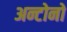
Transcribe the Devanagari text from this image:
अन्टोनो